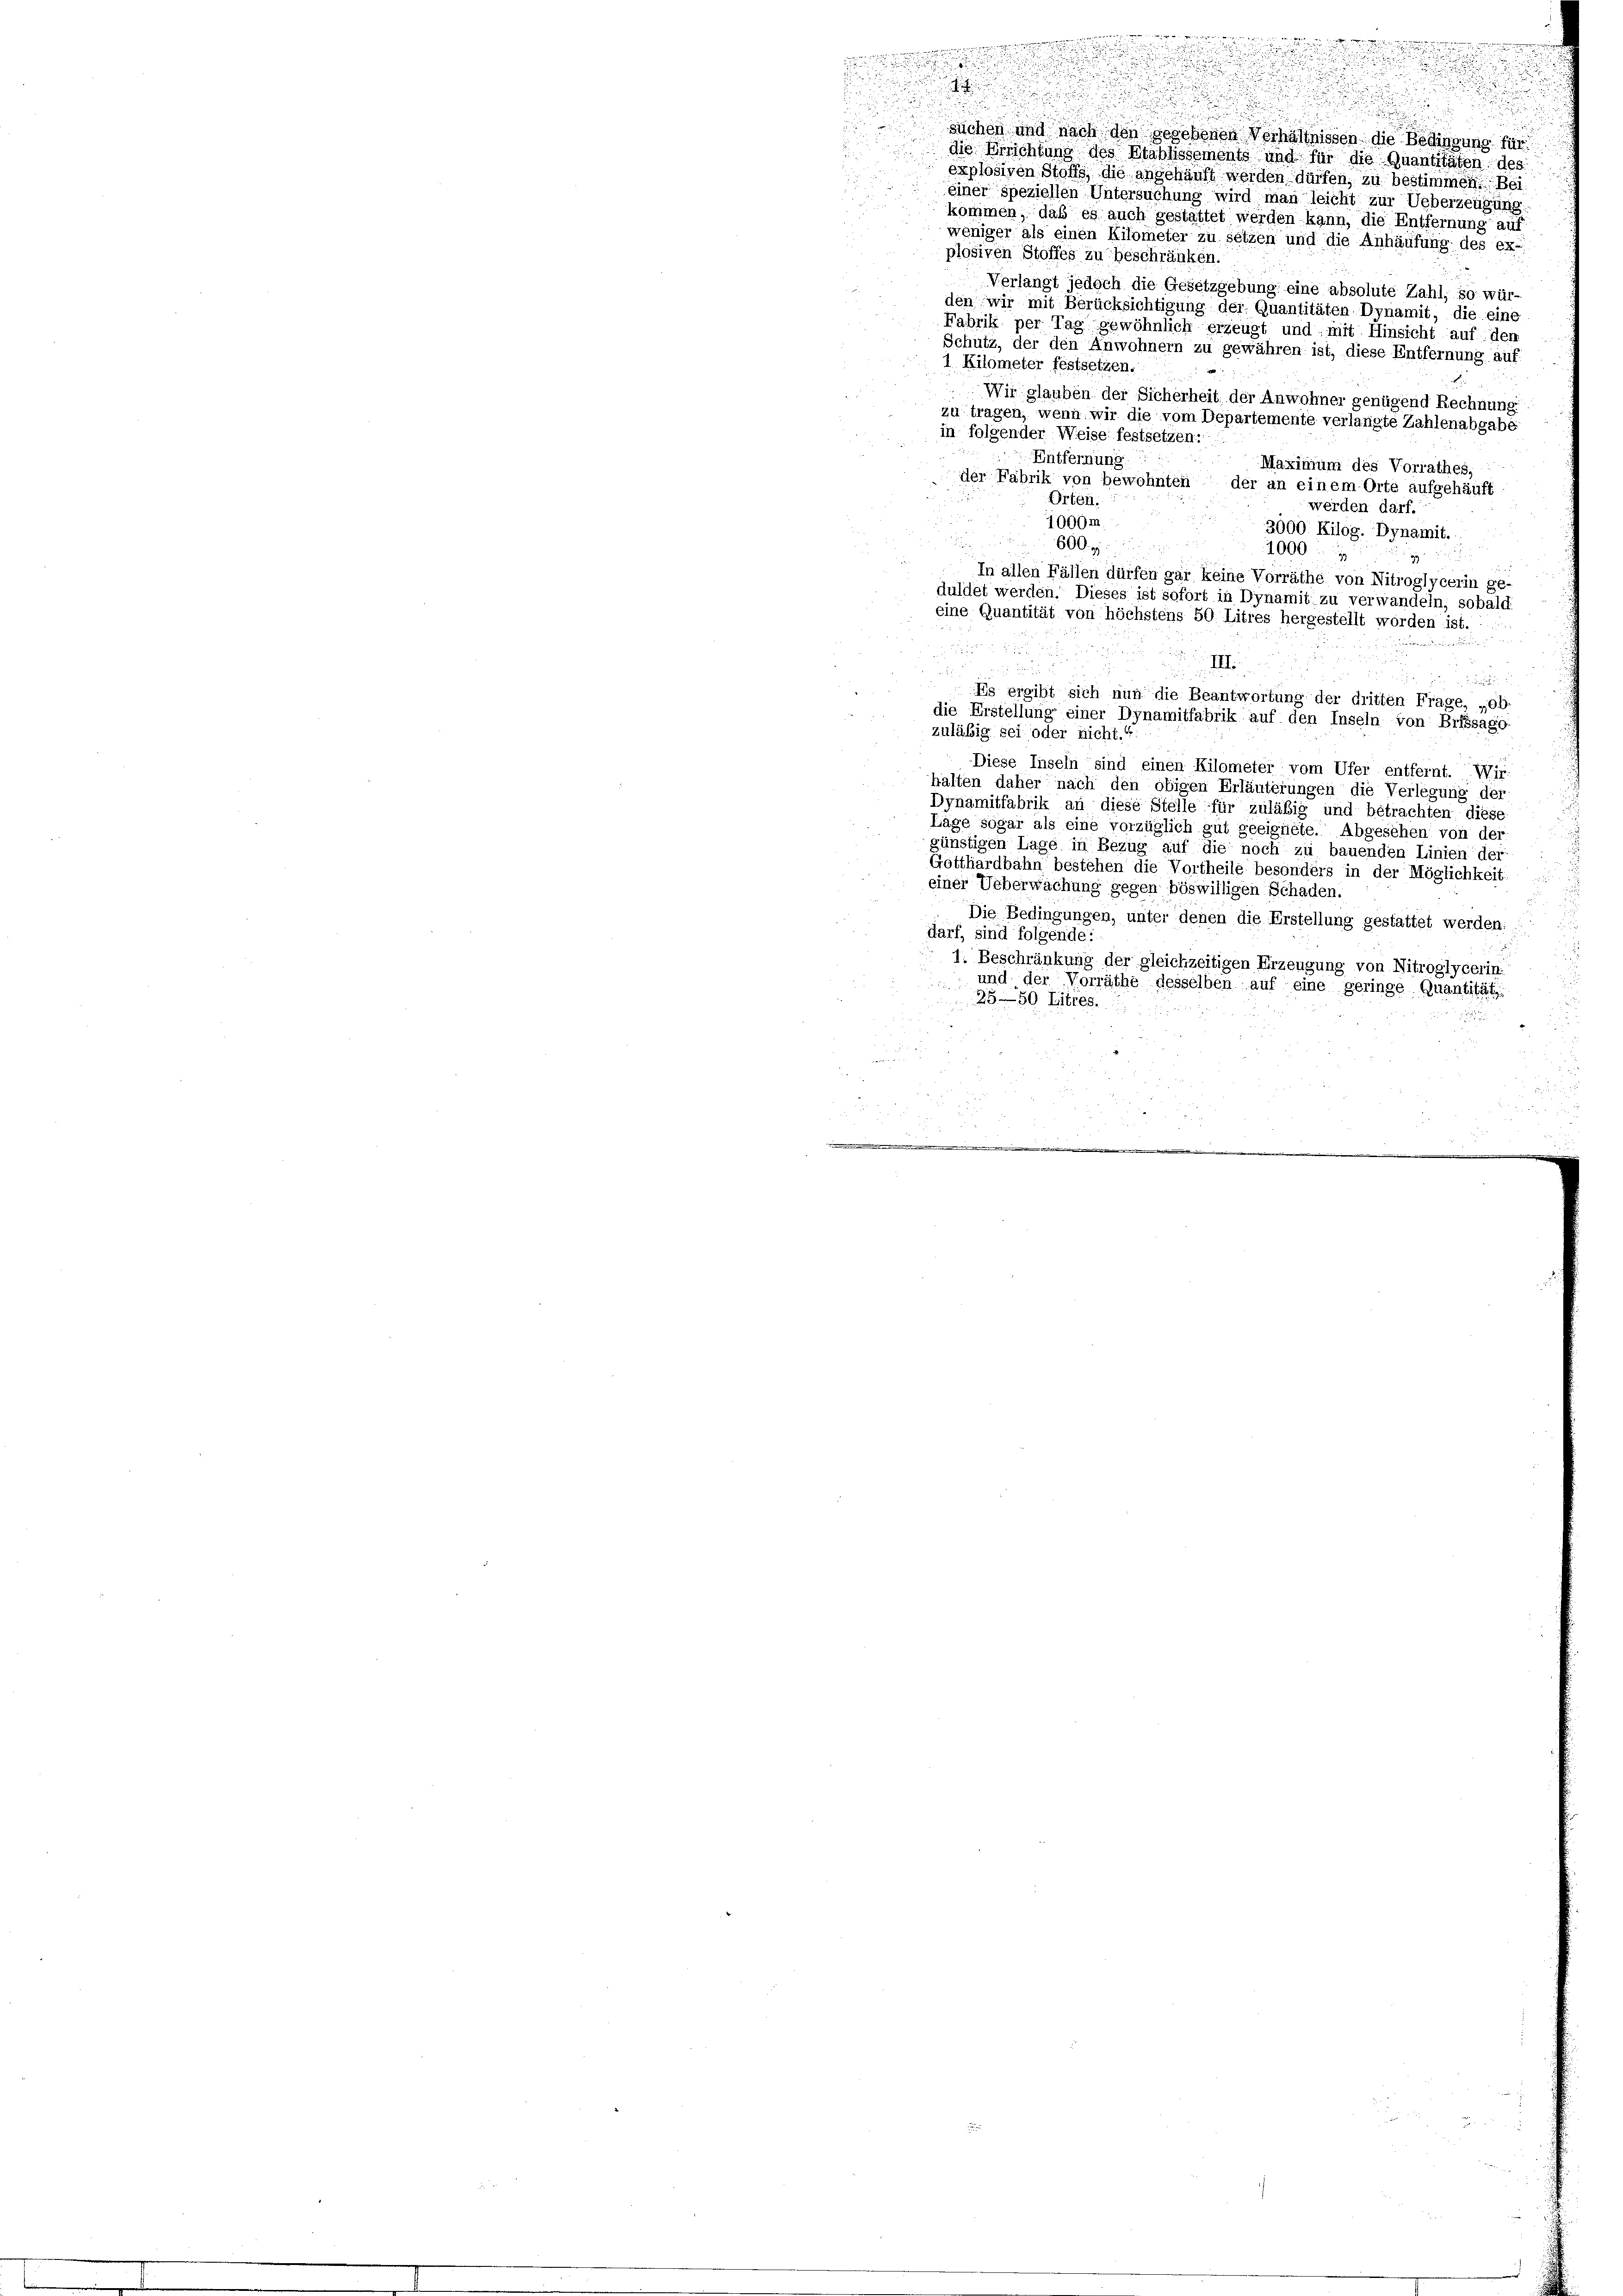
u

d

suchen und nach den gegebenen Verhältnissen die Bedingung für
die Errichtung des Etablissements und für die Quantitäten des
explosiven Stoffs, die angehäuft werden dürfen, zu bestimmen. Bei
einer speziellen Untersuchung wird man leicht zur Ueberzeugung
kommen, daß es auch gestattet werden kann, die Entfernung auf
weniger als einen Kilometer zu setzen und die Anhäufung des ex-
plosiven Stoffes zu beschränken.
Verlangt jedoch die Gesetzgebung eine absolute Zahl, so wür-
den wir mit Berücksichtigung der Quantitäten Dynamit, die eine
Fabrik per Tag gewöhnlich erzeugt und mit Hinsicht auf den
Schutz, der den Anwohnern zu gewähren ist, diese Entfernung auf
1 Kilometer festsetzen.
Wir glauben der Sicherheit der Anwohner genügend Rechnung
zu tragen, wenn wir die vom Departemente verlangte Zahlenabgabe
in folgender Weise festsetzen.
Entfernung.
Maximum des Vorrathes,
der Fabrik von bewohnten, der an einem Orte aufgehäuft
Orten.
werden darf.
1000m
3000 Kilog. Dynamit.
600. f
1000 : 1
37
In allen Fällen dürfen gar keine Vorräthe von Nitroglycerin ge-
duldet werden. Dieses ist sofort in Dynamit zu verwandeln, sobald
eine Quantität von höchstens 50 Litres hergestellt worden ist.
III.
u
Es ergibt sich nun die Beantwortung der dritten Frage, „Ol
die Erstellung einer Dynamitfabrik auf den Inseln von Bifssago
zuläbig sei oder nicht.“
Diese Inseln sind einen Kilometer vom Ufer entfernt. Wir
halten daher nach den obigen Erläuterungen die Verlegung de
Dynamitfabrik an diese Stelle für zuläßig und betrachten diese
Läge sogar als eine vorzüglich gut geeignete. Abgesehen von der
günstigen Lage in Bezug auf die noch zu bauenden Linien de
Gotthardbahn bestehen die Vortheile besonders in der Möglichkeit
einer Ueberwachung gegen böswilligen Schaden.
Die Bedingungen, unter denen die Erstellung gestattet werde
darf, sind folgende:
1. Beschränkung der gleichzeitigen Erzeugung von Nitroglyceris
und der Vorräthe desselben auf eine geringe. Quantitä
25—50 Litres.

e